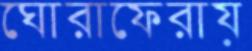
ঘোরাফেরায়